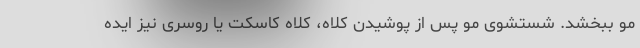
مو ببخشد. شستشوی مو پس از پوشیدن کلاه، کلاه کاسکت یا روسری نیز ایده